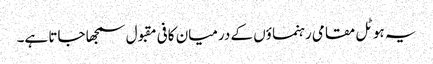
یہ ہوٹل مقامی رہنما ؤں کے درمیان کافی مقبول سمجھا جاتا ہے۔